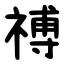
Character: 禣